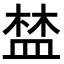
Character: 𥁹